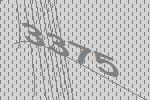
3375